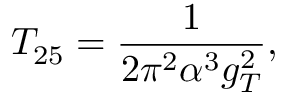
T _ { 2 5 } = \frac { 1 } { 2 \pi ^ { 2 } \alpha ^ { 3 } g _ { T } ^ { 2 } } ,